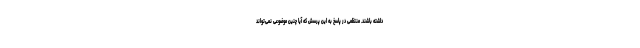
داشته باشند. منتظمی در پاسخ به این پرسش که آیا چنین موضوعی نمی‌تواند